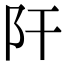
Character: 𨸗